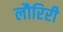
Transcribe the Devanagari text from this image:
लौरिरी